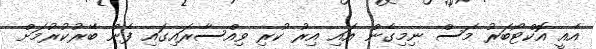
އެއީ އޮކްޓޯބަރު މަސް ނިމިގެން އައި އިރު ކުރި ވިއްސާރައިގައި ފެން ބޭރުކުރުމަށް